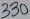
Text: 330